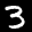
Digit: 3